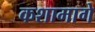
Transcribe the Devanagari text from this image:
कशामागे